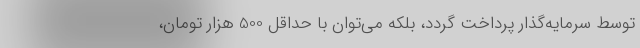
توسط سرمایه‌گذار پرداخت گردد، بلکه می‌توان با حداقل 500 هزار تومان،